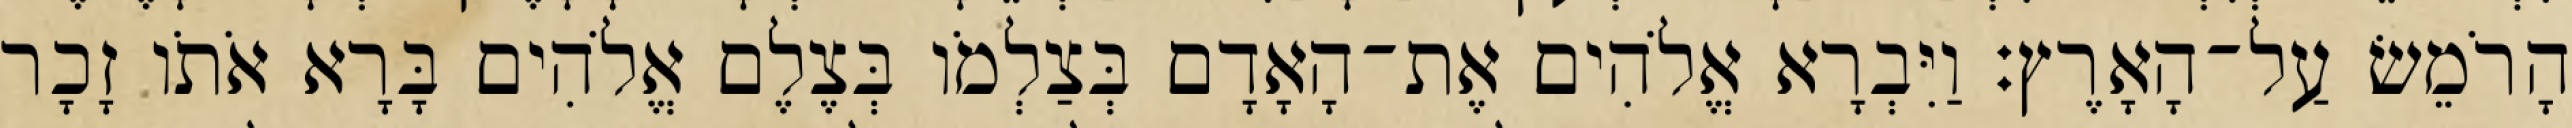
הָרֹמֵשׂ עַל־הָאָרֶץ׃ וַיִּבְרָא אֱלֹהִים אֶת־הָאָדָם בְּצַלְמֹו בְּצֶלֶם אֱלֹהִים בָּרָא אֹתֹו זָכָר